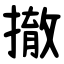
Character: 撤